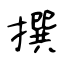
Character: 撰